NAE_EAA_P-1039_Kommunismi_Majak_kalurikolhoos, lk 7
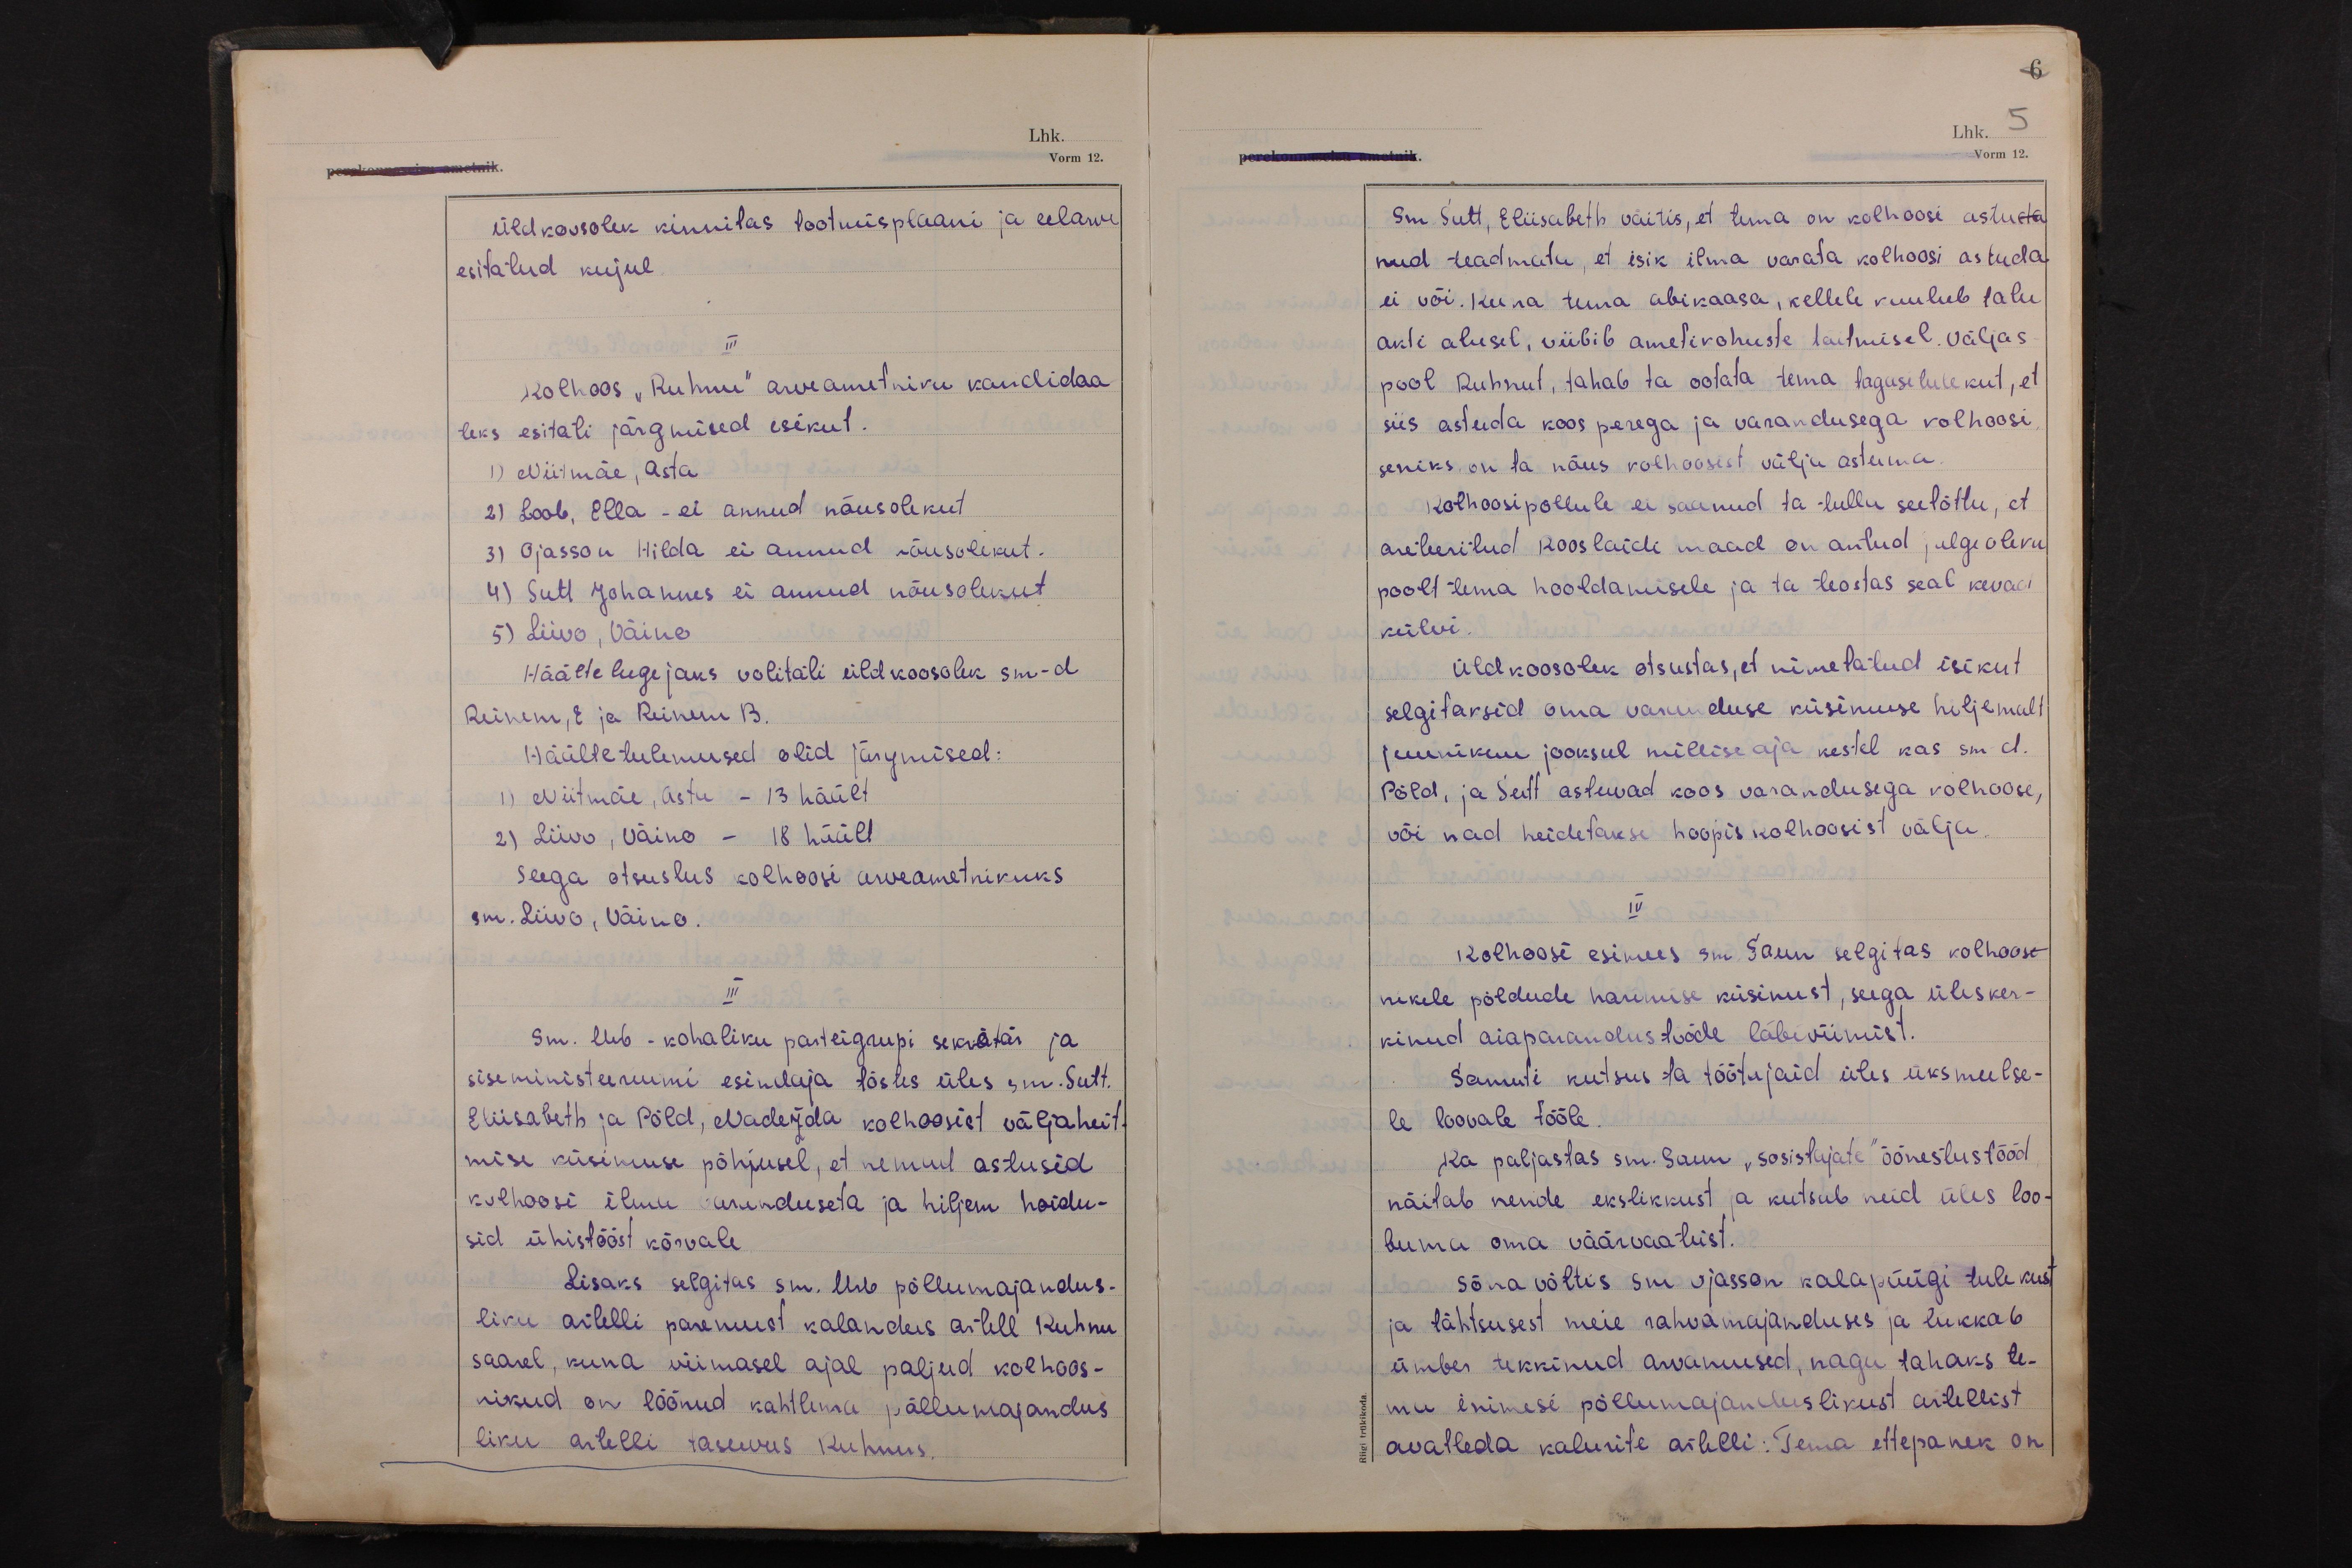
6
Lhk. 5
Vorm 12.

Üldkoosolek kinnitas tootmisplaani ja eelarve
esitatud kujul.
III
Kolhoos "Ruhnu" arveametniku kandidaa-
teks esitati järgmised isikut.
1) Niitmäe, Asta
2) Loob, Ella - ei annud nõusolekut
3) Ojasson Hilda ei annud nõusolekut.
4) Sutt Johannes ei annud nõusolekut
5) Liivo, Väino
Häälte lugejaks volitati üldkoosolek sm-d
Reinem, E ja Reinem B.
Häälte tulemused olid järgmised:
1) Niitmäe, Asta - 13 häält
2) Liivo, Väino - 18 häält
Seega otsustus kolhoosi arveametnikuks
sm. Liivo, Väino.
III
Sm. Urb - kohaliku parteigrupi sekretär ja
siseministeeriumi esindaja tõstes üles sm. Sutt.
Eliisabeth ja Põld, Nadežda kolhoosist väljaheit-
mise küsimuse põhjusel, et nemad astusid
kolhoosi ilmu varanduseta ja hiljem hoidu-
sid ühistööst kõrvale
Lisaks selgitas sm. Urb põllumajandus-
liku artelli paremust kalandus artell Ruhnu
saarel, kuna viimasel ajal paljud kolhoos-
nikud on löönud kahtlema põllumajandus
liku artelli tasuvus Ruhnus.

Sm. Sutt, Eliisabeth väitis, et tema on kolhoosi astuda
nud teadmata, et isik ilma varata kolhoosi astuda
ei või. Kuna tema abikaasa, kellele kuulub talu
akti alusel, viibib ametikohuste täitmisel. väljas-
pool Ruhnut, tahab ta ootata tema tagasitulekut, et
siis astuda koos perega ja varandusega kolhoosi
seniks on ta nõus kolhoosist välja astuma.
Kolhoosipõllule ei saanud ta tulla seetõttu, et
areteeritud Rooslaidi maad on antud julgeoleku
poolt tema hooldamisele ja ta teostas seal kevad
külvi.
Üldkoosolek otsustas, et nimetatud isikut
selgitaksid oma varanduse küsimuse hiljemalt
juunikuu jooksul millise aja kestel kas sm-d.
Põld, ja Sutt astuvad koos varandusega kolhoosi,
või nad heidetakse hoopis kolhoosist välja.
IV
Kolhoosi esimees sm. Saun selgitas kolhoos-
nikele põldude harimise küsimust, seega ülesker-
kinud aiaparandustööde läbiviimist.
Samuti kutsus ta töötajaid üles üksmeelse-
le loovale tööle.
Ka paljastas sm. Saun "sosistajate" õõnestustööd
näitab nende ekslikkust ja kutsub neid üles loo-
buma oma väärvaateist.
Sõna võttis sm Ojasson kalapüügi tulekust
ja tähtsusest meie rahvamajanduses ja lükkab
ümber tekkinud arvamused, nagu tahaks te-
ma inimesi põllumajanduslikust artellist
avatleda kalurite artelli: Tema ettepanek on